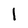
Character: 1